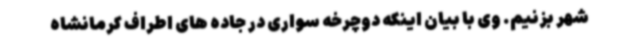
شهر بزنیم. وی با بیان اینکه دوچرخه سواری در جاده های اطراف کرمانشاه